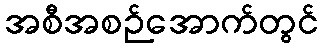
အစီအစဉ်အောက်တွင်